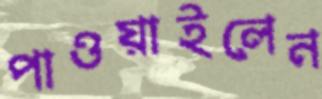
পাওয়াইলেন